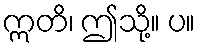
ဣတိ၊ ဤသို့။ ပ။